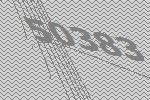
50383